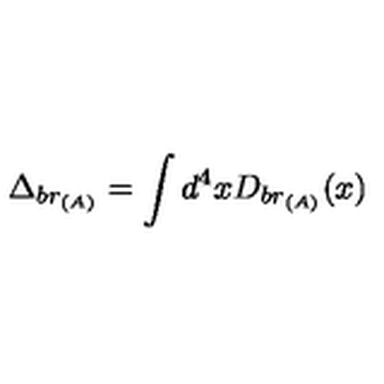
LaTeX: \Delta _ { b r _ { ( A ) } } = \int d ^ { 4 } x D _ { b r _ { ( A ) } } ( x )